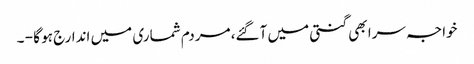
خواجہ سرا بھی گنتی میں آگئے، مردم شماری میں اندارج ہو گا - ۔